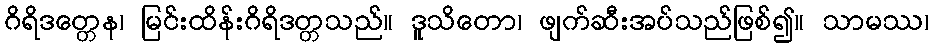
ဂိရိဒတ္တေန၊ မြင်းထိန်းဂိရိဒတ္တသည်။ ဒူသိတော၊ ဖျက်ဆီးအပ်သည်ဖြစ်၍။ သာမဿ၊